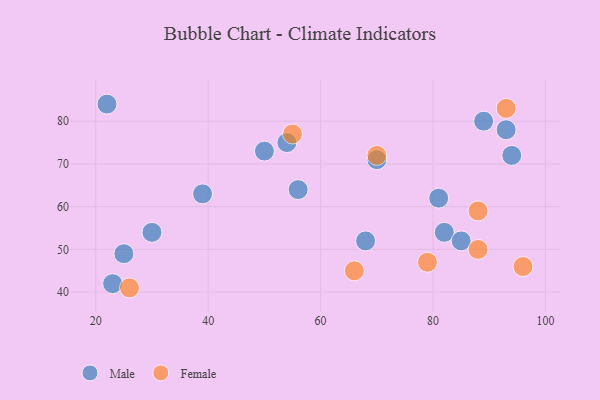
{"axis": {"x": "GDP", "y": "Life Expectancy"}, "legend": ["Female", "Male"], "data": [{"x": "22", "y": 84, "type": "Male"}, {"x": "25", "y": 49, "type": "Male"}, {"x": "81", "y": 62, "type": "Male"}, {"x": "93", "y": 78, "type": "Male"}, {"x": "56", "y": 64, "type": "Male"}, {"x": "82", "y": 54, "type": "Male"}, {"x": "70", "y": 71, "type": "Male"}, {"x": "50", "y": 73, "type": "Male"}, {"x": "89", "y": 80, "type": "Male"}, {"x": "68", "y": 52, "type": "Male"}, {"x": "54", "y": 75, "type": "Male"}, {"x": "39", "y": 63, "type": "Male"}, {"x": "94", "y": 72, "type": "Male"}, {"x": "85", "y": 52, "type": "Male"}, {"x": "30", "y": 54, "type": "Male"}, {"x": "23", "y": 42, "type": "Male"}, {"x": "66", "y": 45, "type": "Female"}, {"x": "70", "y": 72, "type": "Female"}, {"x": "96", "y": 46, "type": "Female"}, {"x": "88", "y": 59, "type": "Female"}, {"x": "88", "y": 50, "type": "Female"}, {"x": "26", "y": 41, "type": "Female"}, {"x": "79", "y": 47, "type": "Female"}, {"x": "93", "y": 83, "type": "Female"}, {"x": "55", "y": 77, "type": "Female"}]}